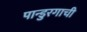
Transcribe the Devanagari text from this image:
पान्डुरगाची